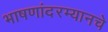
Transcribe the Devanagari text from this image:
भाषणांदरम्यानचे